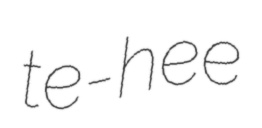
te-hee